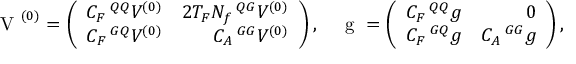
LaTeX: \mathrm { \boldmath ~ V ~ } ^ { ( 0 ) } = \left( \begin{array} { r r } { { C _ { F } \, { ^ { Q Q } V ^ { ( 0 ) } } } } & { { 2 T _ { F } N _ { f } \, { ^ { Q G } V ^ { ( 0 ) } } } } \\ { { C _ { F } \, { ^ { G Q } V ^ { ( 0 ) } } } } & { { C _ { A } \, { ^ { G G } V ^ { ( 0 ) } } } } \end{array} \right) , \quad \mathrm { \boldmath ~ g ~ } = \left( \begin{array} { r r } { { C _ { F } \, { ^ { Q Q } g } } } & { { 0 } } \\ { { C _ { F } \, { ^ { G Q } g } } } & { { C _ { A } \, { ^ { G G } g } } } \end{array} \right) ,